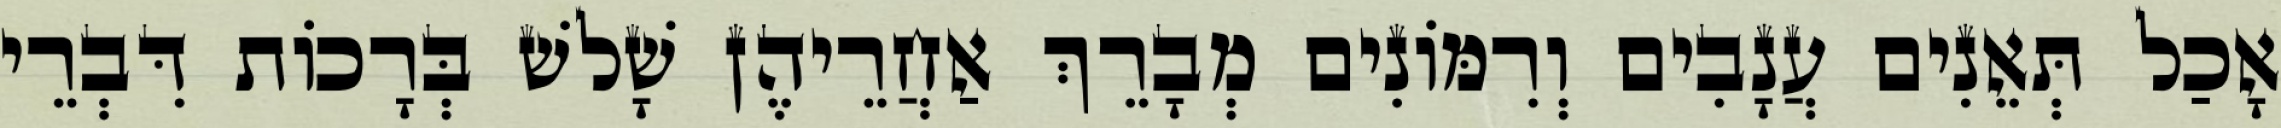
אָכַל תְּאֵנִים עֲנָבִים וְרִמּוֹנִים מְבָרֵךְ אַחֲרֵיהֶן שָׁלשׁ בְּרָכוֹת דִּבְרֵי